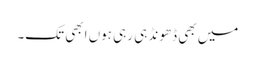
میں بھی ڈھونڈ ہی رہی ہوں ابھی تک۔